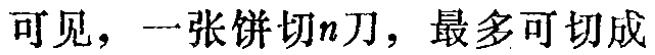
可见，一张饼切\(n\)刀，最多可切成